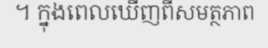
។ ក្នុងពេលឃើញពីសមត្ថភាព